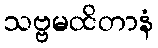
သဗ္ဗမထိတာနံ